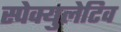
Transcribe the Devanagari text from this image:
स्पेक्युलेटिव